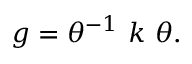
g = \theta ^ { - 1 } ~ k ~ \theta .